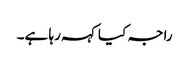
راجہ کیا کہہ رہا ہے۔